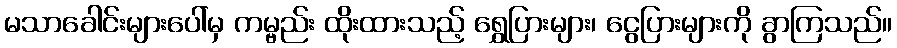
မသာခေါင်းများပေါ်မှ ကမ္ဗည်း ထိုးထားသည့် ရွှေပြားများ၊ ငွေပြားများကို ခွာကြသည်။